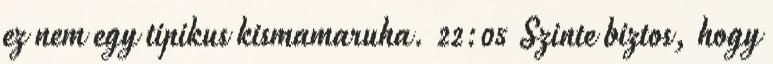
ez nem egy tipikus kismamaruha. 22:05 Szinte biztos, hogy